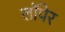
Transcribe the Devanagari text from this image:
लॉपेर